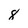
Character: 8